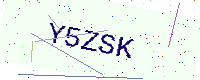
Text: Y5ZSK